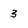
Character: 3